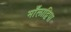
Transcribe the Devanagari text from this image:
माँलाद्विपा